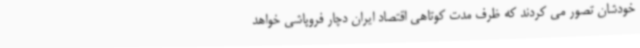
خودشان تصور می کردند که ظرف مدت کوتاهی اقتصاد ایران دچار فروپاشی خواهد